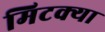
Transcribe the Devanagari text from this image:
मिटक्या